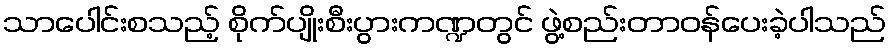
သာပေါင်းစသည့် စိုက်ပျိုးစီးပွားကဏ္ဍတွင် ဖွဲ့စည်းတာဝန်ပေးခဲ့ပါသည်